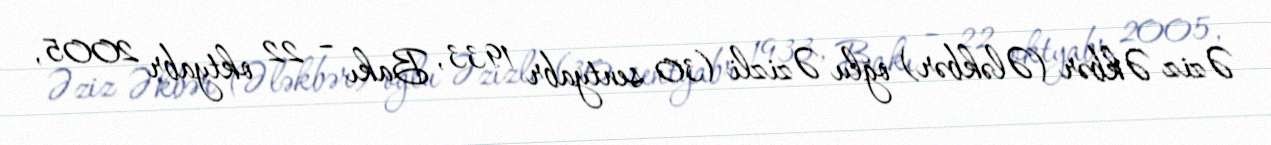
Əziz Əkbər (Ələkbər) oğlu Əzizli (30 sentyabr 1933, Bakı – 22 oktyabr 2005,